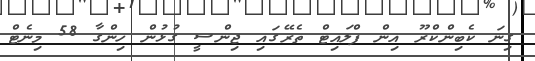
ގިނަ ކެބިންކްރޫ އިން ފްލައިޓް ތެރޭގައި ޖިންސީ ގުޅުން ހިންގާ 58 މިނެޓް